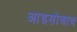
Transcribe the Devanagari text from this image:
आइसोबाथ